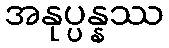
အနုပ္ပန္နဿ